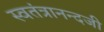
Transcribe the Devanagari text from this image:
स्वतंत्रानन्दजी